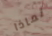
لماذا